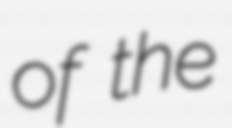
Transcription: of the